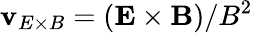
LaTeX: \mathbf{v}_{E\times B}=(\mathbf{E}\times\mathbf{B})/B^{2}